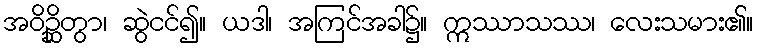
အဝိဉ္ဆိတွာ၊ ဆွဲငင်၍။ ယဒါ၊ အကြင်အခါ၌။ ဣဿာသဿ၊ လေးသမား၏။